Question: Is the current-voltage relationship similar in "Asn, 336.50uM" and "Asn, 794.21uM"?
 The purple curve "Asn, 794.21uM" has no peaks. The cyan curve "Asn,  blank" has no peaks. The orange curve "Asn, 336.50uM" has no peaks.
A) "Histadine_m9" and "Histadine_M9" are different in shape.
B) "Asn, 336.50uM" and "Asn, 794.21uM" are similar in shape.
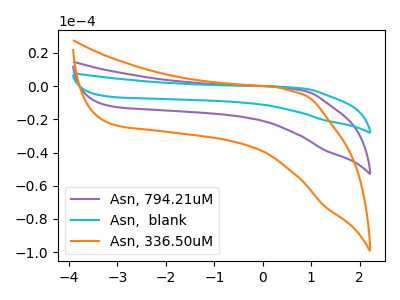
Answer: <think>Neither "Asn, 336.50uM" or "Asn, 794.21uM" have any peaks.
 </think>
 <answer>B) "Asn, 336.50uM" and "Asn, 794.21uM" are similar in shape.</answer>
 <eval>B</eval>